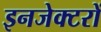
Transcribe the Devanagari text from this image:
इनजेक्टरों